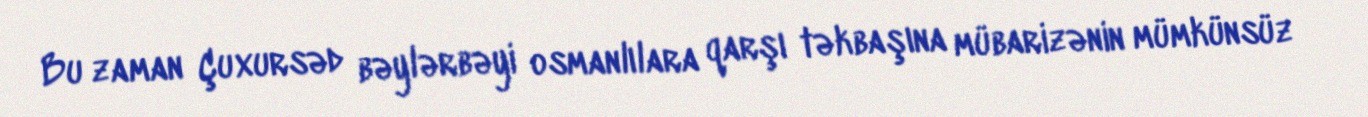
Bu zaman Çuxursəd bəylərbəyi osmanlılara qarşı təkbaşına mübarizənin mümkünsüz